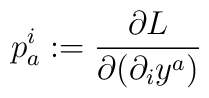
p^i_a:=\frac{\partial L}{\partial(\partial_iy^a)}